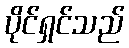
ပိုင်ရှင်သည်